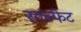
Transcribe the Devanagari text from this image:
साल्फेट